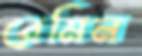
রেমিন